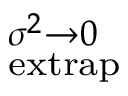
^ { \sigma ^ { 2 } \rightarrow 0 } _ { \mathrm { e x t r a p } }